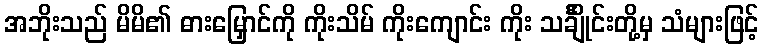
အဘိုးသည် မိမိ၏ ဓားမြှောင်ကို ကိုးသိမ် ကိုးကျောင်း ကိုး သင်္ချိုင်းတို့မှ သံများဖြင့်